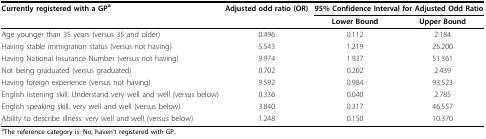
<table><thead><tr><td><b>Currently registered with a GP<sup>a</sup></b></td><td><b>Adjusted odd ratio (OR)</b></td><td colspan="2"><b>95% Confidence Interval for Adjusted Odd Ratio</b></td></tr><tr><td></td><td></td><td><b>Lower Bound</b></td><td><b>Upper Bound</b></td></tr></thead><tbody><tr><td>Age younger than 35 years (versus 35 and older)</td><td>0.496</td><td>0.112</td><td>2.184</td></tr><tr><td>Having stable immigration status (versus not having)</td><td>5.543</td><td>1.219</td><td>25.200</td></tr><tr><td>Having National Insurance Number (versus not having)</td><td>9.974</td><td>1.937</td><td>51.361</td></tr><tr><td>Not being graduated (versus graduated)</td><td>0.702</td><td>0.202</td><td>2.439</td></tr><tr><td>Having foreign experience (versus not having)</td><td>9.592</td><td>0.984</td><td>93.523</td></tr><tr><td>English listening skill: Understand very well and well (versus below)</td><td>0.336</td><td>0.040</td><td>2.785</td></tr><tr><td>English speaking skill: very well and well (versus below)</td><td>3.840</td><td>0.317</td><td>46.557</td></tr><tr><td>Ability to describe illness: very well and well (versus below)</td><td>1.248</td><td>0.150</td><td>10.370</td></tr></tbody></table>